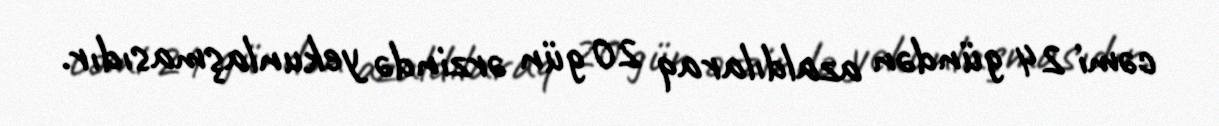
cəmi 24 gündən azaldılaraq 20 gün ərzində yekunlaşmasıdır.